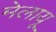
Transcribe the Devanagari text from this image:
मेलायू